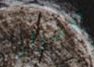
الاسرار